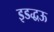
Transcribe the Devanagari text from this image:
इडद्धऊ